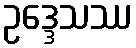
ဥဒ္ဒေသဿ